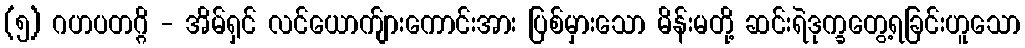
(၅) ဂဟပတဂ္ဂိ - အိမ်ရှင် လင်ယောက်ျားကောင်းအား ပြစ်မှားသော မိန်းမတို့ ဆင်းရဲဒုက္ခတွေ့ရခြင်းဟူသော